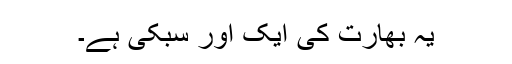
یہ بھارت کی ایک اور سُبکی ہے۔